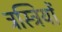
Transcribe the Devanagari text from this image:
ट्रस्ट्रियों